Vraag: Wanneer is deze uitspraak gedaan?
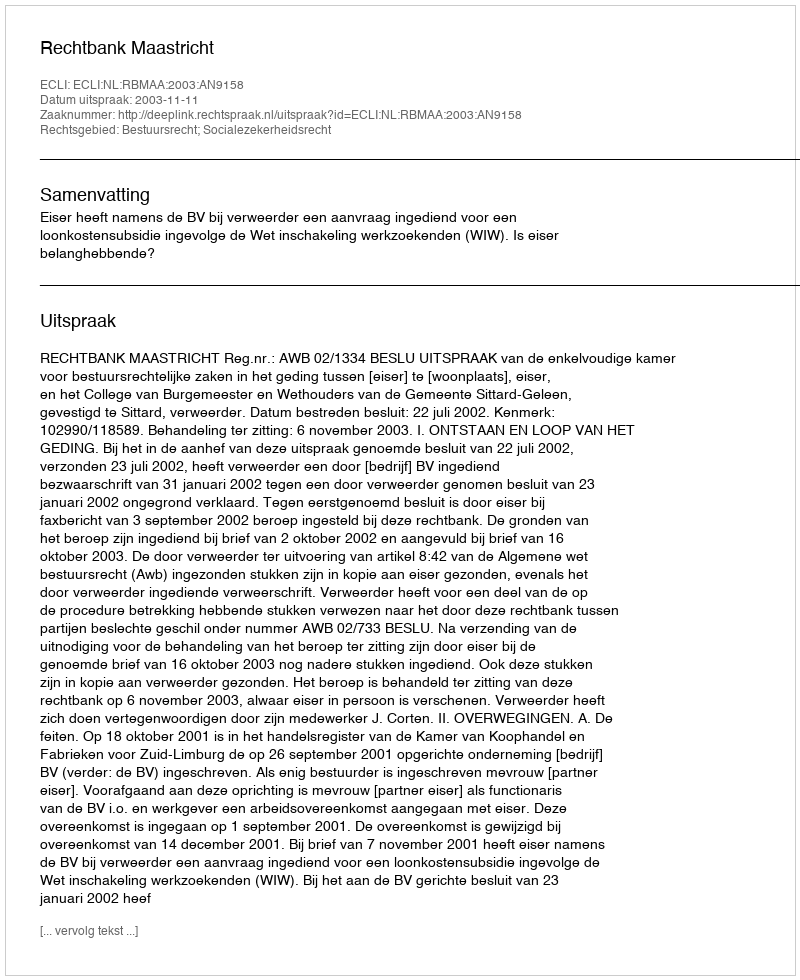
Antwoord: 2003-11-11